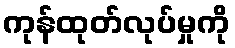
ကုန်ထုတ်လုပ်မှုကို